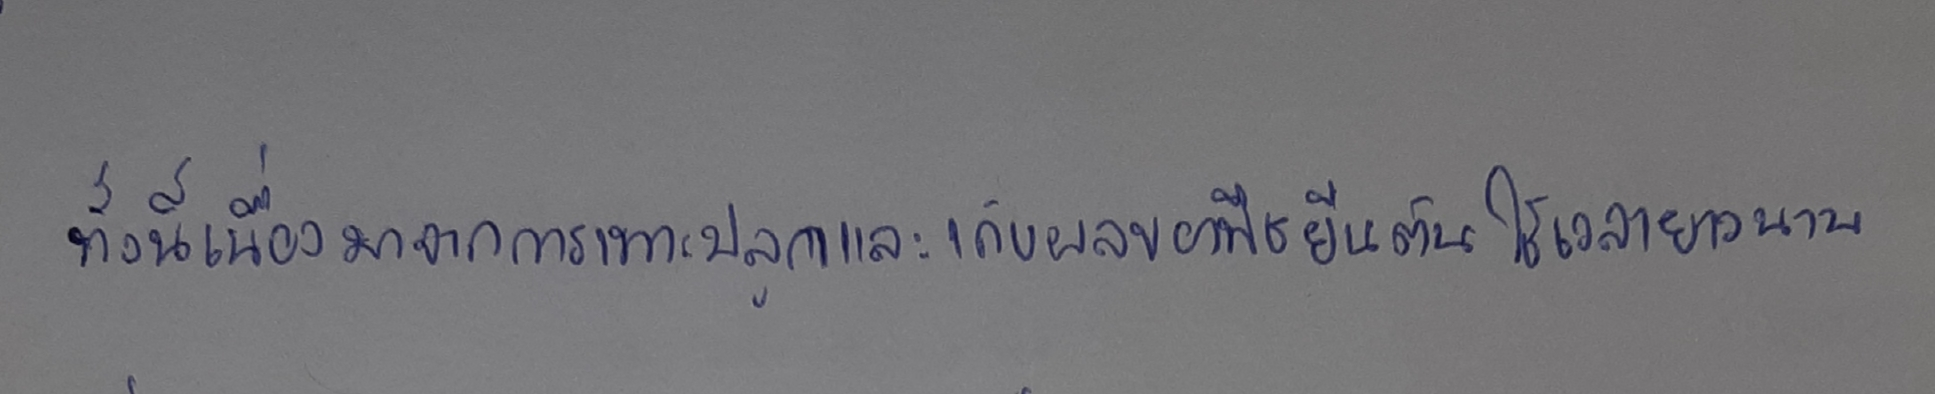
ทั้งนี้เนื่องมาจากการเพาะปลูกและเก็บผลของพืชยืนต้นใช้เวลายาวนาน